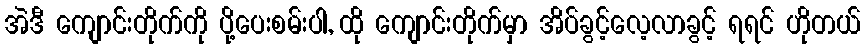
အဲဒီ ကျောင်းတိုက်ကို ပို့ပေးစမ်းပါ, ထို ကျောင်းတိုက်မှာ အိပ်ခွင့်လေ့လာခွင့် ရရင် ဟိုတယ်